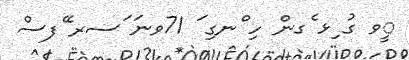
ީވ ގު ިޅ ެގން ހި ްނގި ަ 71ވނަ ަސރ ޭފސް